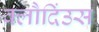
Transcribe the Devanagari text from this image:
क्लौदिंउस